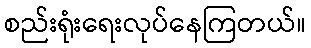
စည်းရုံးရေးလုပ်နေကြတယ်။